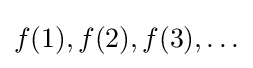
f(1),f(2),f(3),\ldots